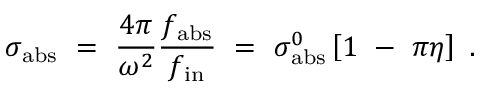
\sigma _ { \mathrm { a b s } } ~ = ~ { \frac { 4 \pi } { \omega ^ { 2 } } } { \frac { f _ { \mathrm { a b s } } } { f _ { \mathrm { i n } } } } ~ = ~ \sigma _ { \mathrm { a b s } } ^ { 0 } \left[ 1 ~ - ~ \pi \eta \right] ~ .